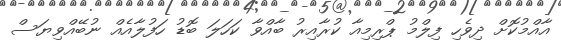
އާއްމުކޮށް ދިވެހި ފިލްމު ޕްރިމިއާ ކުރާއިރު ބާއްވާ ކަހަލަ ބޮޑު ހަފުލާއެއް ނުބޭއްވިޔަސް